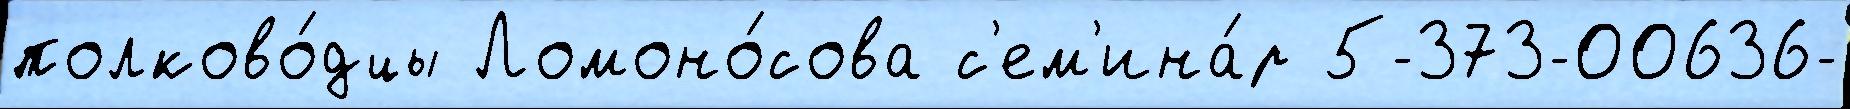
полково́дцы Ломоно́сова с'ем'ина́р 5-373-00636-